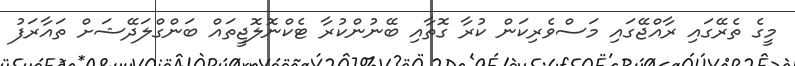
މީގެ ތެރޭގައި ރާއްޖޭގައި މަސްވެރިކަން ކުރާ ގޮތާއި ބޭނުންކުރާ ޓެކްނޮލޮޖީތައް ބަންގްލަދޭޝަށް ތައާރަފު